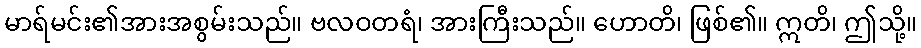
မာရ်မင်း၏အားအစွမ်းသည်။ ဗလဝတရံ၊ အားကြီးသည်။ ဟောတိ၊ ဖြစ်၏။ ဣတိ၊ ဤသို့။